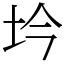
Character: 坅